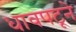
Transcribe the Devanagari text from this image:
धावपटूने